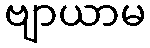
ဗျာယာမ